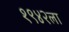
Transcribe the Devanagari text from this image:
१९४२ला